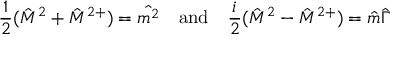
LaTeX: \frac { 1 } { 2 } ( \hat { M } ^ { 2 } + \hat { M } ^ { 2 + } ) = \hat { m ^ { 2 } } \quad \mathrm { a n d } \quad \frac { i } { 2 } ( \hat { M } ^ { 2 } - \hat { M } ^ { 2 + } ) = \hat { m } \hat { \Gamma }